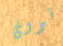
نووى